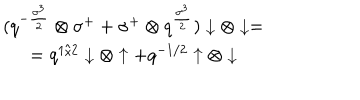
LaTeX: \begin{array} { c } { { ( q ^ { - { \frac { \sigma ^ { 3 } } { 2 } } } \otimes \sigma ^ { + } + \sigma ^ { + } \otimes q ^ { \frac { \sigma ^ { 3 } } { 2 } } ) \downarrow \otimes \downarrow = } } \\ { { = q ^ { 1 / 2 } \downarrow \otimes \uparrow + q ^ { - 1 / 2 } \uparrow \otimes \downarrow } } \\ \end{array}